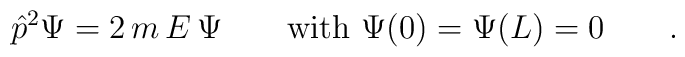
{\hat p}^2 \Psi = 2\,  m\,  E\,  \Psi \qquad \mbox{\rm with }\Psi(0)=\Psi(L)=0 \qquad .